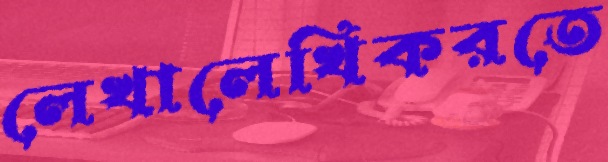
লেখালেখিকরতে